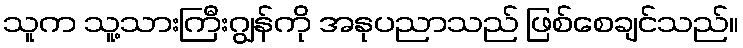
သူက သူ့သားကြီးဂျွန်ကို အနုပညာသည် ဖြစ်စေချင်သည်။